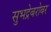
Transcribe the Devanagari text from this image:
सुभद्रेबरोबर